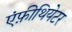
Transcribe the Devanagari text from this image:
एंफ़ीथियेटर